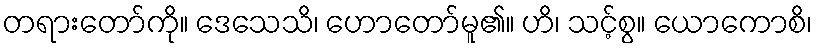
တရားတော်ကို။ ဒေသေသိ၊ ဟောတော်မူ၏။ ဟိ၊ သင့်စွ။ ယောကောစိ၊